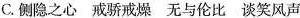
C.侧隐之心戒骄戒燥无与伦比谈笑风声